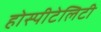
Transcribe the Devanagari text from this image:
होस्पीटेलिटी